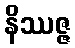
နိဿဇ္ဇ